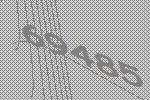
69485